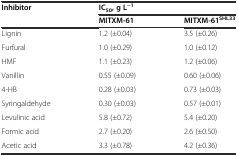
<table><thead><tr><td rowspan="2"><b>Inhibitor</b></td><td colspan="2"><b>IC<sub>50</sub>, g L<sup>−1</sup></b></td></tr><tr><td><b>MITXM-61</b></td><td><b>MITXM-61<sup>SHL33</sup></b></td></tr></thead><tbody><tr><td>Lignin</td><td>1.2 (±0.04)</td><td>3.5 (±0.26)</td></tr><tr><td>Furfural</td><td>1.0 (±0.29)</td><td>1.0 (±0.12)</td></tr><tr><td>HMF</td><td>1.1 (±0.23)</td><td>1.2 (±0.06)</td></tr><tr><td>Vanillin</td><td>0.55 (±0.09)</td><td>0.60 (±0.06)</td></tr><tr><td>4-HB</td><td>0.28 (±0.03)</td><td>0.73 (±0.03)</td></tr><tr><td>Syringaldehyde</td><td>0.30 (±0.03)</td><td>0.57 (±0.01)</td></tr><tr><td>Levulinic acid</td><td>5.8 (±0.72)</td><td>5.4 (±0.20)</td></tr><tr><td>Formic acid</td><td>2.7 (±0.20)</td><td>2.6 (±0.50)</td></tr><tr><td>Acetic acid</td><td>3.3 (±0.78)</td><td>4.2 (±0.36)</td></tr></tbody></table>